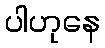
ပါဟုနေ